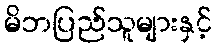
မိဘပြည်သူများနှင့်